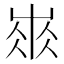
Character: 𡸓